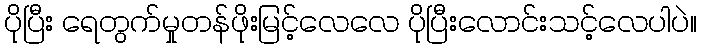
ပိုပြီး ရေတွက်မှုတန်ဖိုးမြင့်လေလေ ပိုပြီးလောင်းသင့်လေပါပဲ။